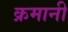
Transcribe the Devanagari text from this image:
क्रमानी